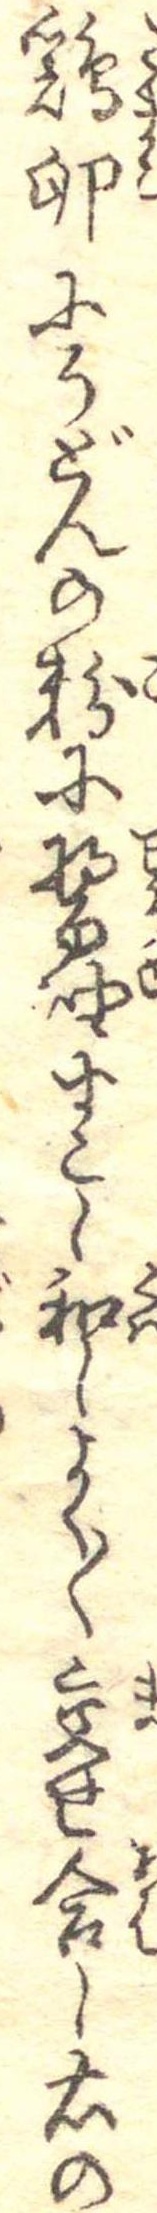
鶏卵にうどんの粉に醤油すこし和しよく〱交せ合し右の